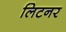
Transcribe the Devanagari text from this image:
लिटनर